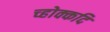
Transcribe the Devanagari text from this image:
च्होक्कदि